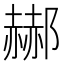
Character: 𲆟